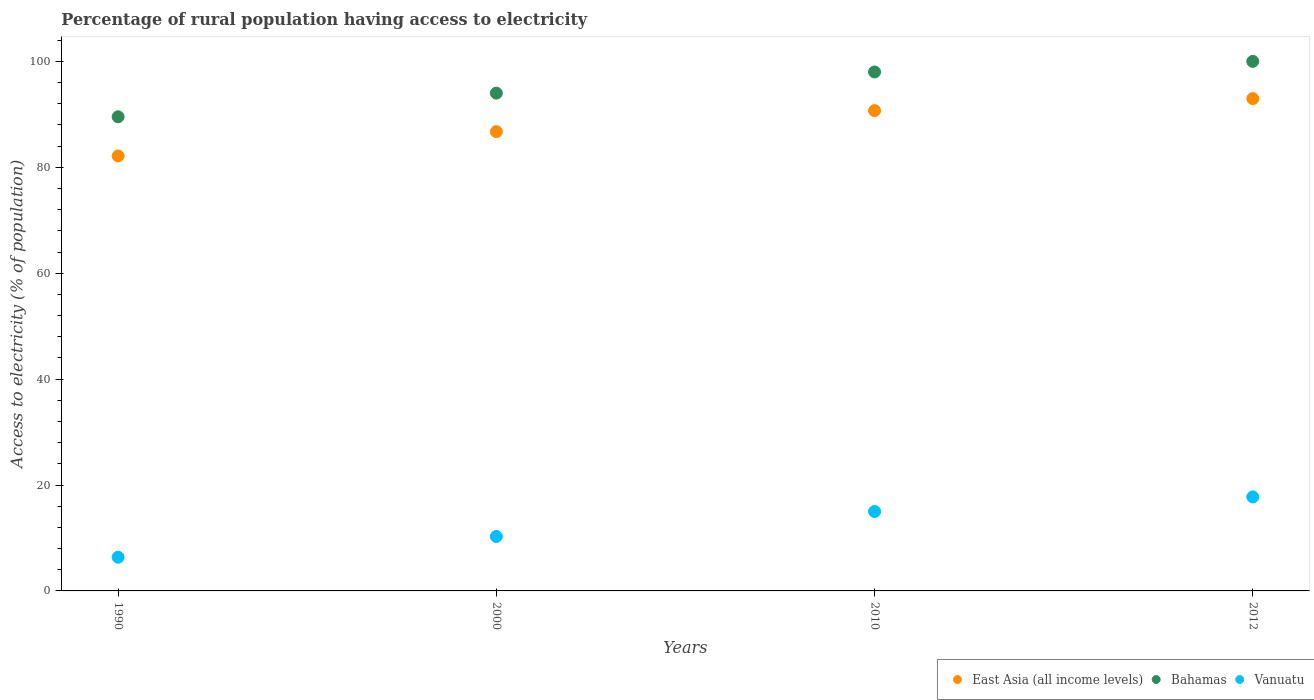
| Years | East Asia (all income levels) | Bahamas | Vanuatu |
 | --- | --- | --- | --- |
 | 1990 | 82.1 | 89.5 | 6.36 |
 | 2000 | 86.7 | 94 | 10.3 |
 | 2010 | 90.7 | 98 | 15 |
 | 2012 | 93 | 100 | 17.8 |